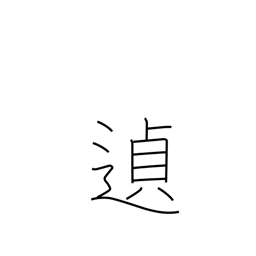
Meaning: as might be expected